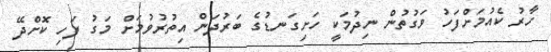
ހާރު ކެއުމަށްފަހު ވަގުތުން ނިދުމަކީ ހަށިގަނޑުގެ ބަރުދަން އިތުރުވުމަށް މަގު ފަހި ކޮށްދޭ